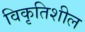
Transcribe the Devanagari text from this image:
विकृतिशील